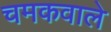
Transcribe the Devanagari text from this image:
चमकवाले